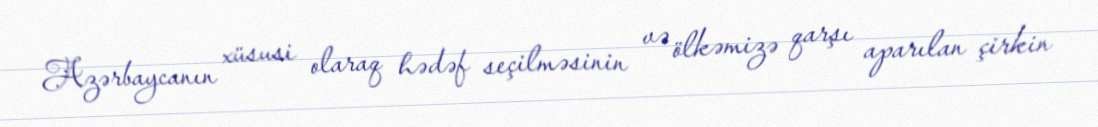
Azərbaycanın xüsusi olaraq hədəf seçilməsinin və ölkəmizə qarşı aparılan çirkin